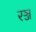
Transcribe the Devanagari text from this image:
रञ्ज